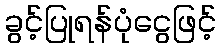
ခွင့်ပြုရန်ပုံငွေဖြင့်